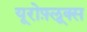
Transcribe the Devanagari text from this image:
यूरोफ़्लूक्स